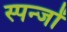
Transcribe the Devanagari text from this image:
स्पन्जों